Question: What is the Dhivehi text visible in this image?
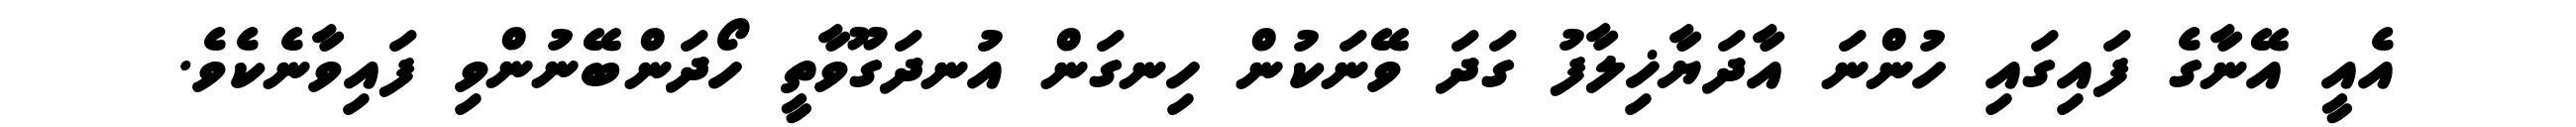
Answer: އެއީ އޭނާގެ ފައިގައި ހުންނަ އާދަޔާޚިލާފު ގަދަ ވޭނަކުން ހިނގަން އުނދަގޫވާތީ ހޯދަންބޭނުންވި ފައިވާނެކެވެ.